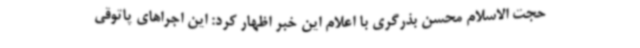
حجت الاسلام محسن بذرگری با اعلام این خبر اظهار کرد: این اجراهای پاتوقی